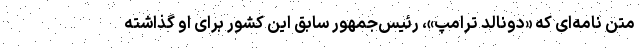
متن نامه‌ای که «دونالد ترامپ»، رئیس‌جمهور سابق این کشور برای او گذاشته